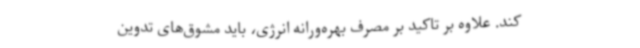
کند. علاوه ‌بر تاکید بر مصرف بهره‌ورانه انرژی، باید مشوق‌های تدوین